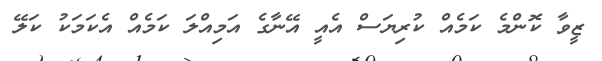
ޒީވާ ކޮންމެ ކަމެއް ކުރިޔަސް އެއީ އޭނާގެ އަމިއްލަ ކަމެއް އެކަމަކު ކަލޭ